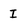
Character: I